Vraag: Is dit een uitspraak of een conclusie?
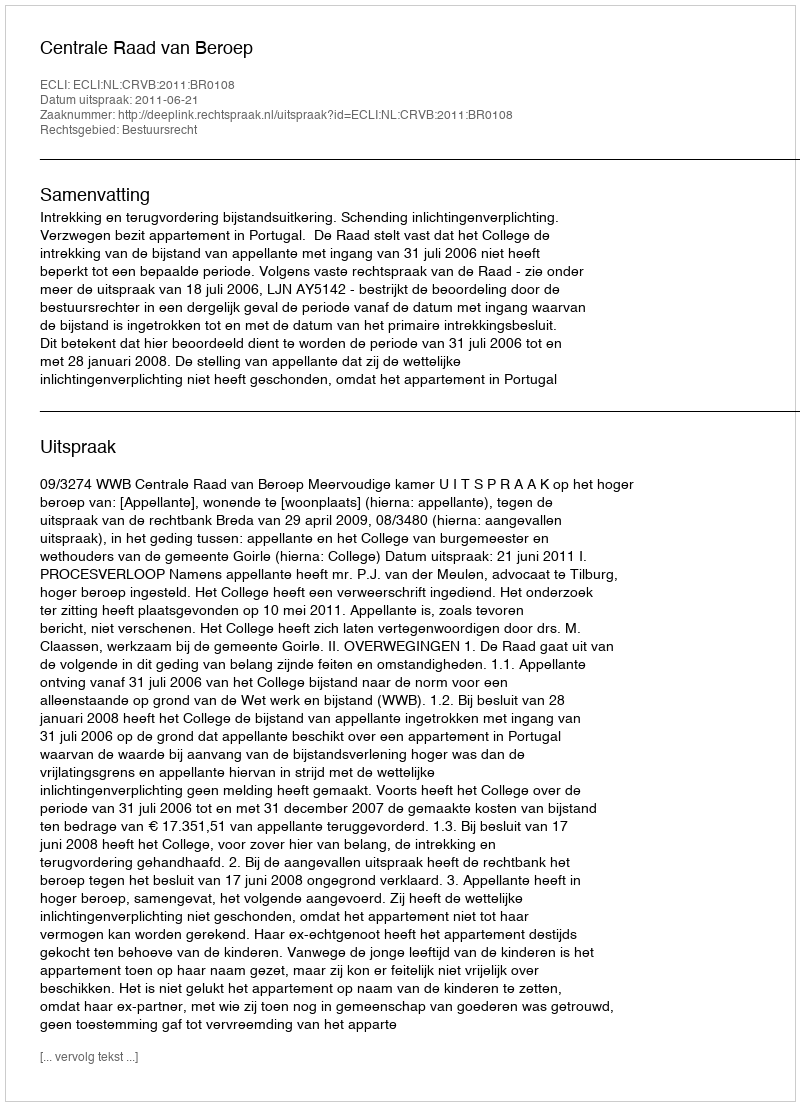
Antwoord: Uitspraak